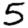
Digit: 5